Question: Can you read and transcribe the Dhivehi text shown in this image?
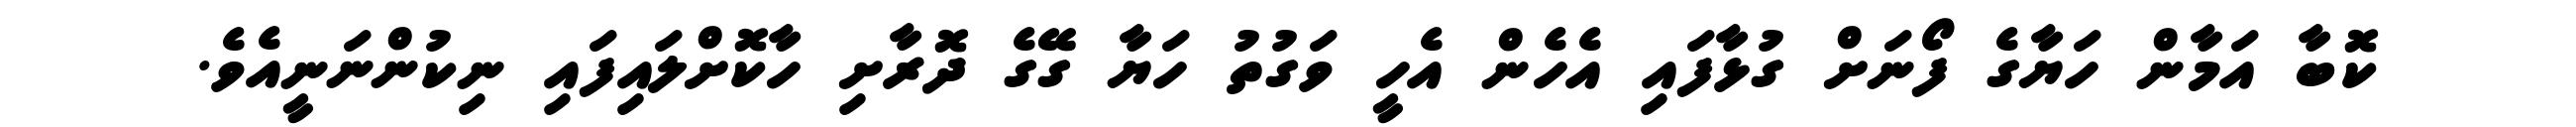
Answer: ކޮބާ އަމާން ހަޔާގެ ފޯނަށް ގުޅާފައި އެހެން އެހީ ވަގުތު ހަޔާ ގޭގެ ދޮރާށި ހާކޮށްލައިފައި ނިކުންނަނީއެވެ.